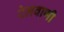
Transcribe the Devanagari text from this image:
रेलवाणी